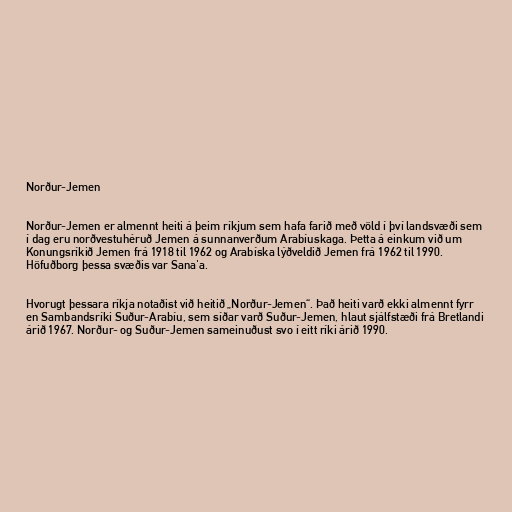
Norður-Jemen

Norður-Jemen er almennt heiti á þeim ríkjum sem hafa farið með völd í því landsvæði sem
í dag eru norðvestuhéruð Jemen á sunnanverðum Arabíuskaga. Þetta á einkum við um
Konungsríkið Jemen frá 1918 til 1962 og Arabíska lýðveldið Jemen frá 1962 til 1990.
Höfuðborg þessa svæðis var Sana'a.

Hvorugt þessara ríkja notaðist við heitið „Norður-Jemen“. Það heiti varð ekki almennt fyrr
en Sambandsríki Suður-Arabíu, sem síðar varð Suður-Jemen, hlaut sjálfstæði frá Bretlandi
árið 1967. Norður- og Suður-Jemen sameinuðust svo í eitt ríki árið 1990.